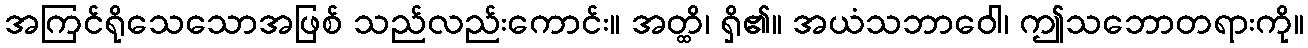
အကြင်ရိုသေသောအဖြစ် သည်လည်းကောင်း။ အတ္ထိ၊ ရှိ၏။ အယံသဘာဝေါ၊ ဤသဘောတရားကို။